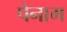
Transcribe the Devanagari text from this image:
पेनाम